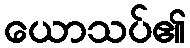
ယောသပ်၏